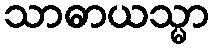
သာဓာယသ္မာ